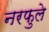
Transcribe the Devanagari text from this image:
नरफुले